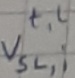
Text: t,l Vsl,i